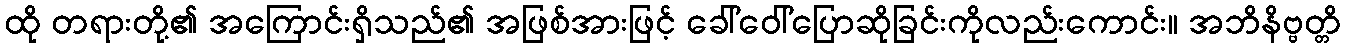
ထို တရားတို့၏ အကြောင်းရှိသည်၏ အဖြစ်အားဖြင့် ခေါ်ဝေါ်ပြောဆိုခြင်းကိုလည်းကောင်း။ အဘိနိဗ္ဗတ္တိ